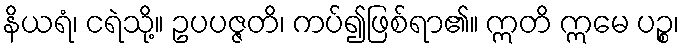
နိယရံ၊ ငရဲသို့။ ဥပပဇ္ဇတိ၊ ကပ်၍ဖြစ်ရာ၏။ ဣတိ ဣမေ ပဉ္စ၊